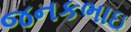
જનકભાઇ